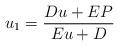
LaTeX: \begin{align*} u_1=\frac{Du+EP}{Eu+D}\end{align*}